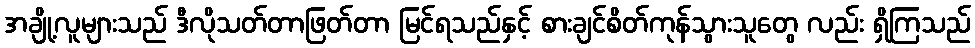
အချို့လူများသည် ဒီလိုသတ်တာဖြတ်တာ မြင်ရသည်နှင့် စားချင်စိတ်ကုန်သွားသူတွေ လည်း ရှိကြသည်